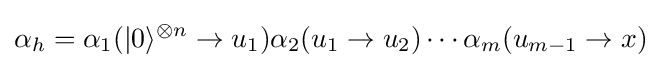
\alpha _{h}=\alpha _{1}(|0\rangle ^{\otimes n}\rightarrow u_{1})\alpha _{2}(u_{1}\rightarrow u_{2})\cdots \alpha _{m}(u_{m-1}\rightarrow x)